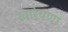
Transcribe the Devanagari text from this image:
खारेपणा